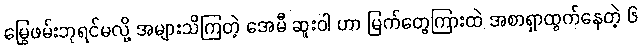
မြွေဖမ်းဘုရင်မလို့ အများသိကြတဲ့ အေမီ ဆူးဝါ ဟာ မြက်တွေကြားထဲ အစာရှာထွက်နေတဲ့ ၆